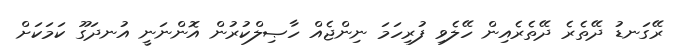
ރޭގަނޑު ދޭތެރެ ދޭތެރެއިން ހޭލެވި ފުރިހަމަ ނިންޖެއް ހާޞިލްކުރުން އޮންނަނީ އުނދަގޫ ކަމަކަށް